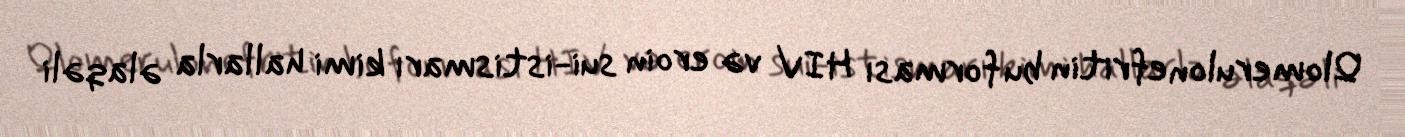
Qlomerulonefritin bu forması HIV və eroin sui-istismarı kimi hallarla əlaqəli